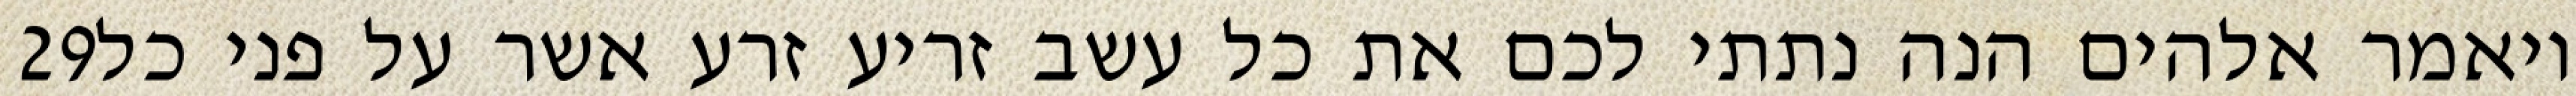
‎29‏ ויאמר אלהים הנה נתתי לכם את כל עשב זריע זרע אשר על פני כל